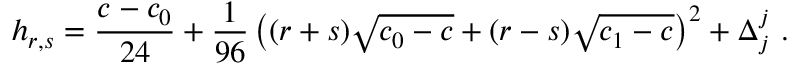
h _ { r , s } = { \frac { c - c _ { 0 } } { 2 4 } } + { \frac { 1 } { 9 6 } } \left( ( r + s ) \sqrt { c _ { 0 } - c } + ( r - s ) \sqrt { c _ { 1 } - c } \right) ^ { 2 } + \Delta _ { j } ^ { j } { } ~ .